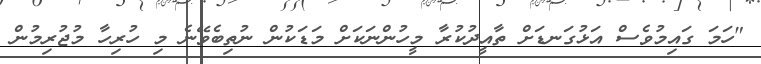
"ހަމަ ގައިމުވެސް އަޅުގަނޑަށް ތާއީދުކުރާ މީހުންނަކަށް މަޑަކުން ނުތިބެވޭނެ މި ހުރިހާ މުޖުރިމުން